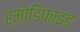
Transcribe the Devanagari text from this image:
र्मोडिफाइड